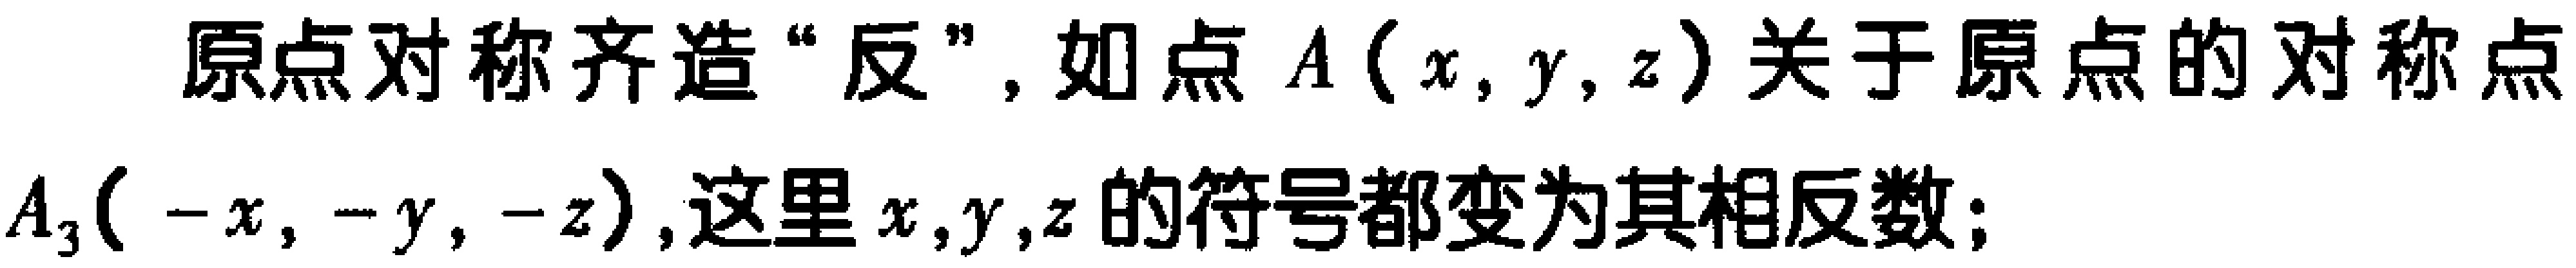
原点对称齐造“反”, 如点 \(A(x,y,z)\) 关于原点的对称点 \(A_3(-x,-y,-z)\),这里 \(x,y,z\) 的符号都变为其相反数;